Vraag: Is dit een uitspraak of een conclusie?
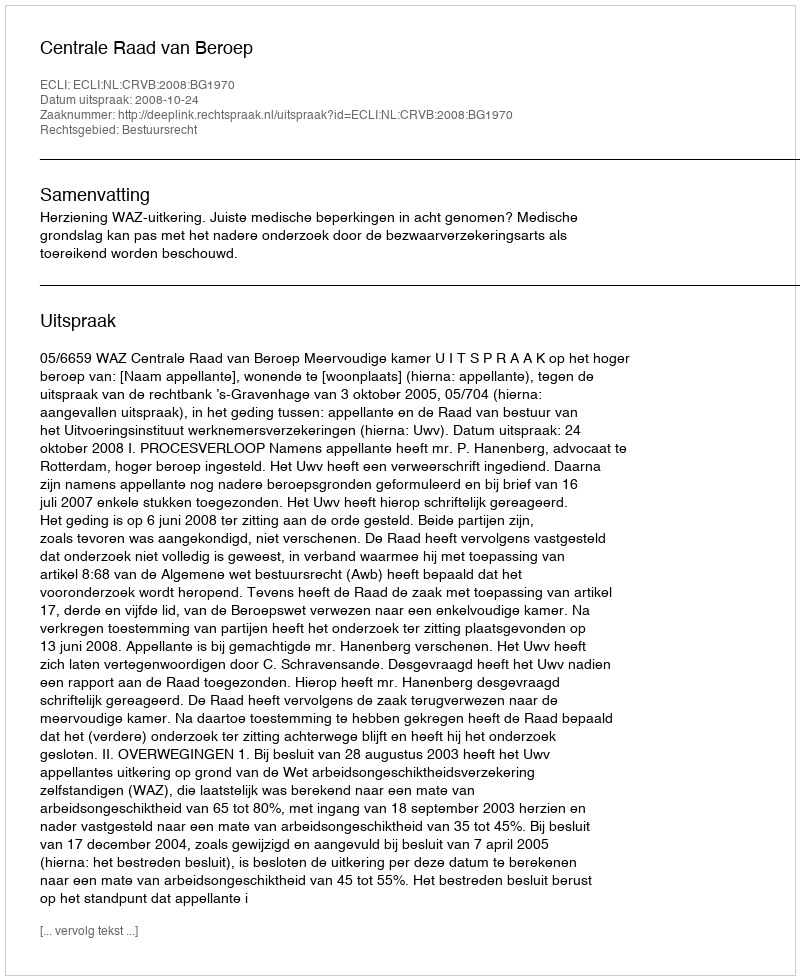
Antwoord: Uitspraak